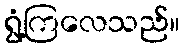
ရွံ့ကြလေသည်။